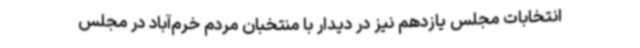
انتخابات مجلس یازدهم نیز در دیدار با منتخبان مردم خرم‌آباد در مجلس